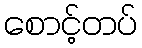
စောင့်တပ်